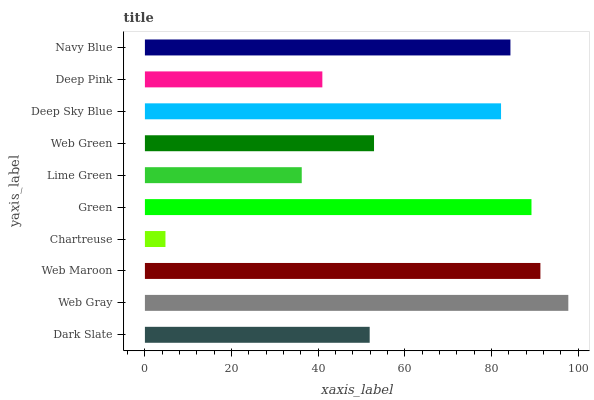
| yaxis_label | bars |
 | --- | --- |
 | Dark Slate | 51.9 |
 | Web Gray | 97.7 |
 | Web Maroon | 91.2 |
 | Chartreuse | 4.74 |
 | Green | 89.2 |
 | Lime Green | 36.2 |
 | Web Green | 52.9 |
 | Deep Sky Blue | 82.2 |
 | Deep Pink | 40.9 |
 | Navy Blue | 84.3 |